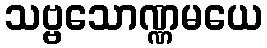
သဗ္ဗသောဏ္ဏမယေ